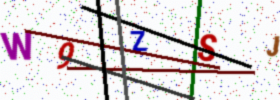
Text: W9ZSJ